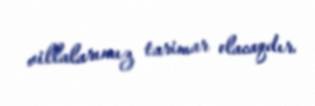
villalarımız tarimar olacaqdır.